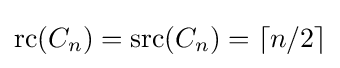
{\text{rc}}(C_{n})={\text{src}}(C_{n})=\lceil n/2\rceil